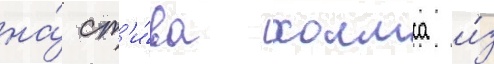
на́ ст'и́ва холмса и́з